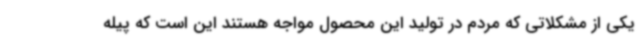
یکی از مشکلاتی که مردم در تولید این محصول مواجه هستند این است که پیله